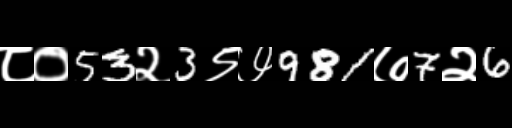
Text: ८०53२3९७981७7२6